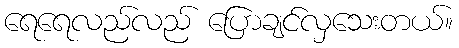
ရေရေလည်လည် ပြောချင်လှသေးတယ်။